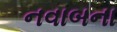
નવાબના